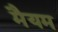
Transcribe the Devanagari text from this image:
मैयम